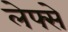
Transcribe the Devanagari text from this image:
लेफ्से